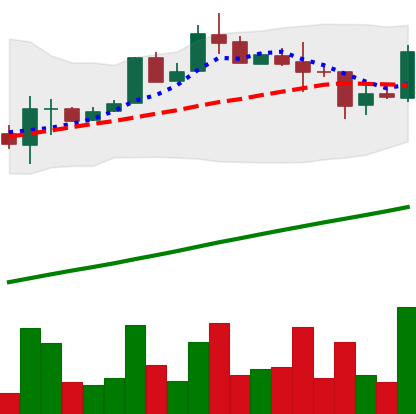
Ticker: LTC-USD
Chart end date: 2017-08-18
Forward return: 12.62%
Label: up_7plus